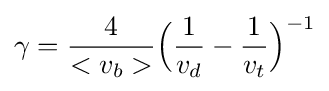
\gamma ={\frac {4}{<v_{b}>}}{\Bigl (}{\frac {1}{v_{d}}}-{\frac {1}{v_{t}}}{\Bigr )}^{-1}